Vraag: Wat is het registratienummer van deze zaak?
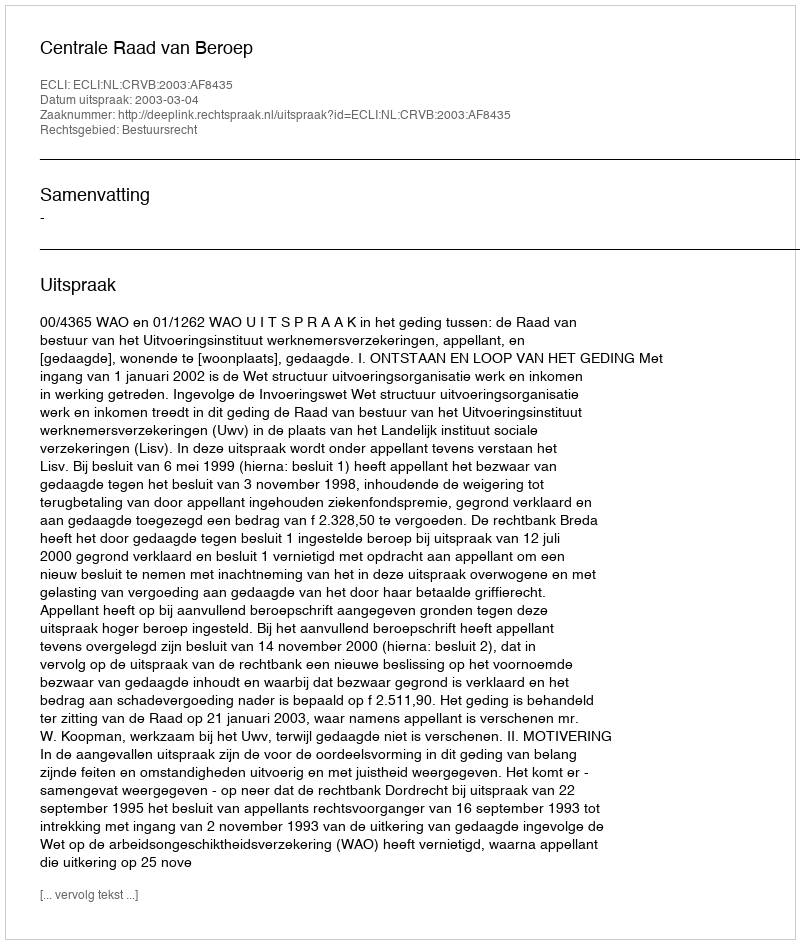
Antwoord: http://deeplink.rechtspraak.nl/uitspraak?id=ECLI:NL:CRVB:2003:AF8435